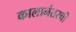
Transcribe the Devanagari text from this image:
कालानंतरची